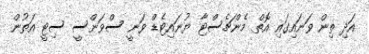
އަދި ތިން ވަނައިގައި އޮތް މެންޗެސްޓާ ޔުނައިޓެޑް ވަނީ ސްވަންސީ ސިޓީ އަތުން